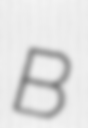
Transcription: B